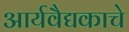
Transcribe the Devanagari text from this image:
आर्यवैद्यकाचे